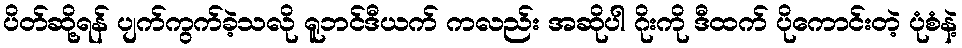
ပိတ်ဆို့ရန် ပျက်ကွက်ခဲ့သလို ရူဘင်ဒီယက် ကလည်း အဆိုပါ ဂိုးကို ဒီထက် ပိုကောင်းတဲ့ ပုံစံနဲ့